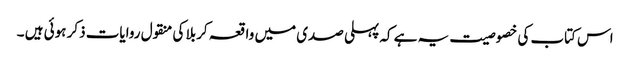
اس کتاب کی خصوصیت یہ ہے کہ پہلی صدی میں واقعہ کربلا کی منقول روایات ذکر ہوئی ہیں ۔